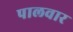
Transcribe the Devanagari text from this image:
पालवार